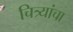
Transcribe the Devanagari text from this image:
चित्र्यांचा